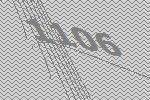
1106